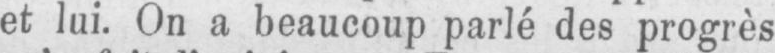
et lui. On a beaucoup parlé des progrès